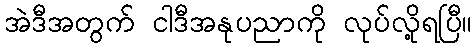
အဲဒီအတွက် ငါဒီအနုပညာကို လုပ်လို့ရပြီ။